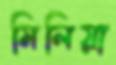
মিলিয়া